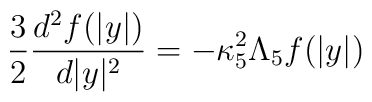
{3 \over 2}{d^2 f(|y|) \over d|y|^2}=-\kappa^2_5\Lambda_5 f(|y|)